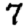
Digit: 7